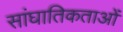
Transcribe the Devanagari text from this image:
सांघातिकताओं